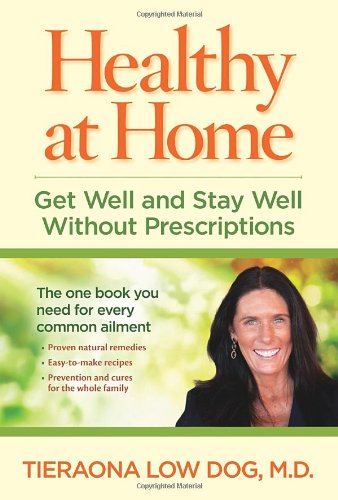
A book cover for Healthy at Home: Get Well and Stay Well Without Prescriptions; Tieraona Low Dog M.D.; Health, Fitness & Dieting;